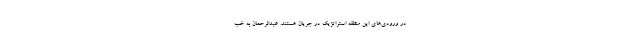
در ورودی‌های این منطقه استراتژیک در جریان هستند. عبدالرحمان به خب